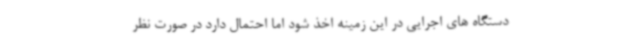
دستگاه های اجرایی در این زمینه اخذ شود اما احتمال دارد در صورت نظر